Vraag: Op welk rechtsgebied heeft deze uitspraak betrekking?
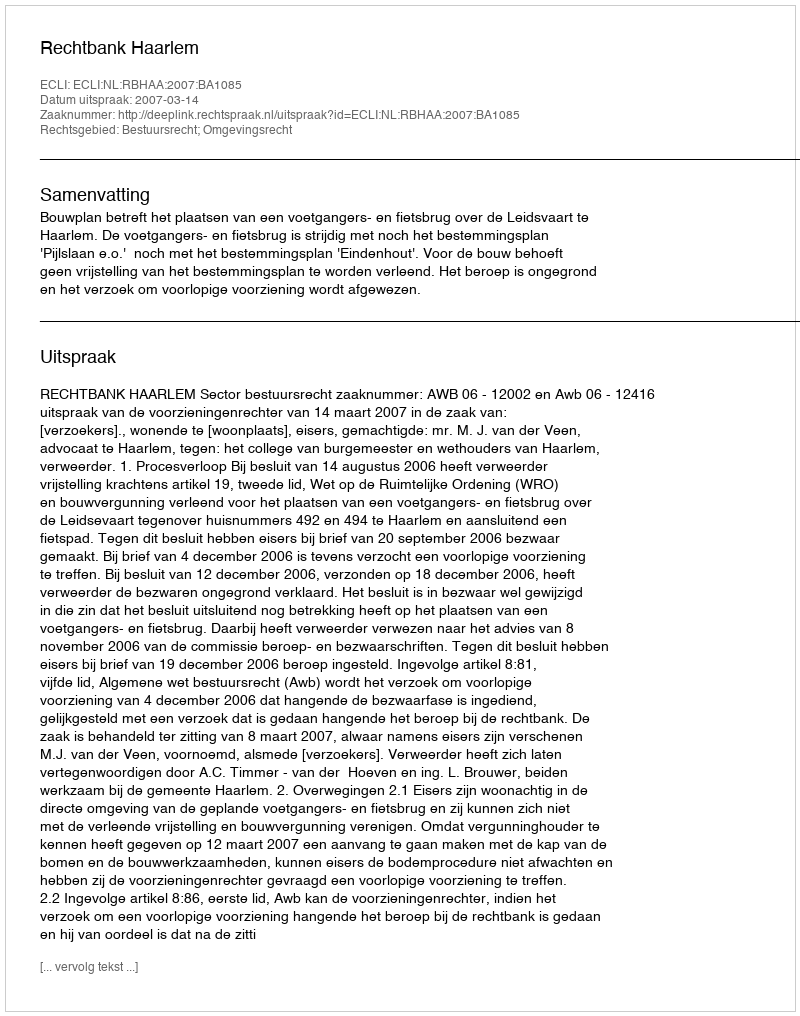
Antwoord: Bestuursrecht; Omgevingsrecht